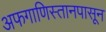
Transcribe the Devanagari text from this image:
अफगाणिस्तानपासून